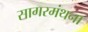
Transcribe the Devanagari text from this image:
सागरमंथना